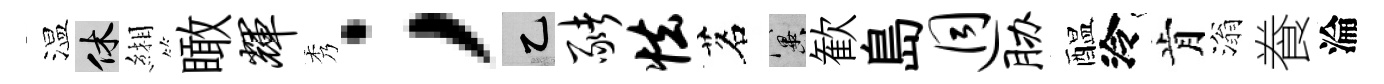
温休緗瞰辉秀；乙猪怯茗冀歓島迥胁醖泠肯滃飬淪